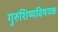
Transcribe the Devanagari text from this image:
गुरुशिष्यविषयक